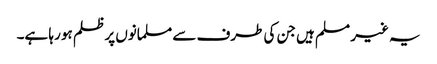
یہ غیر مسلم ہیں جن کی طرف سے مسلمانوں پر ظلم ہو رہا ہے۔